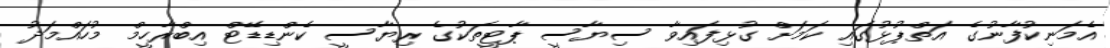
އެމަނިކުފާނުގެ އަތްޕުޅުގައި ކަމަށް ގުޅިފައިވާ ސިޔާސީ ޕާޓީތަކުގެ ރިޔާސީ ކެންޑިޑޭޓް އިބްރާހީމް މުހައްމަދު